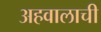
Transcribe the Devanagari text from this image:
अहवालाची